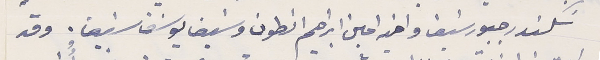
سَكندر جبور سَيف ا واخيه امين ابراهيم انطون وسَيف يوسَف سَيف. وقد